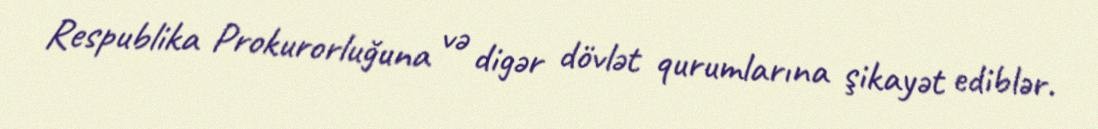
Respublika Prokurorluğuna və digər dövlət qurumlarına şikayət ediblər.